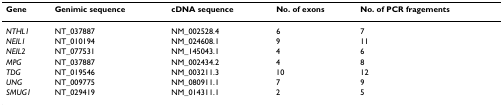
<table><thead><tr><td><b>Gene</b></td><td><b>Genimic sequence</b></td><td><b>cDNA sequence</b></td><td><b>No. of exons</b></td><td><b>No. of PCR fragements</b></td></tr></thead><tbody><tr><td><i>NTHL1</i></td><td>NT_037887</td><td>NM_002528.4</td><td>6</td><td>7</td></tr><tr><td><i>NEIL1</i></td><td>NT_010194</td><td>NM_024608.1</td><td>9</td><td>11</td></tr><tr><td><i>NEIL2</i></td><td>NT_077531</td><td>NM_145043.1</td><td>4</td><td>6</td></tr><tr><td><i>MPG</i></td><td>NT_037887</td><td>NM_002434.2</td><td>4</td><td>8</td></tr><tr><td><i>TDG</i></td><td>NT_019546</td><td>NM_003211.3</td><td>10</td><td>12</td></tr><tr><td><i>UNG</i></td><td>NT_009775</td><td>NM_080911.1</td><td>7</td><td>9</td></tr><tr><td><i>SMUG1</i></td><td>NT_029419</td><td>NM_014311.1</td><td>2</td><td>5</td></tr></tbody></table>